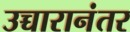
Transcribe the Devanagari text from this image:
उच्चारानंतर